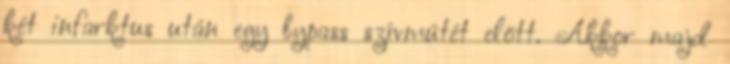
két infarktus után egy bypass szívmûtét elõtt. Akkor majd